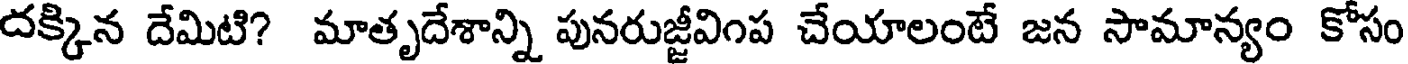
దక్కిన దేమిటి? మాతృదేశాన్ని పునరుజ్జీవింప చేయాలంటే జన సామాన్యం కోసం